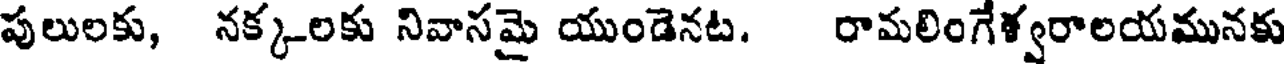
పులులకు, నక్కలకు నివాసమై యుండెనట. రామలింగేళ్వరాలయమునకు